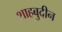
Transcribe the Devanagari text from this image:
शाहबुदीन